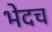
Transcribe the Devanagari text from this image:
भेदच